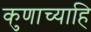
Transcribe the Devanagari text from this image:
कुणाच्याहि